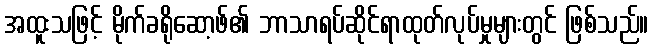
အထူးသဖြင့် မိုက်ခရိုဆော့ဖ်၏ ဘာသာရပ်ဆိုင်ရာထုတ်လုပ်မှုများတွင် ဖြစ်သည်။